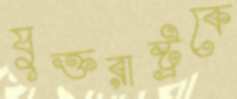
যুক্তরাষ্ট্রকে